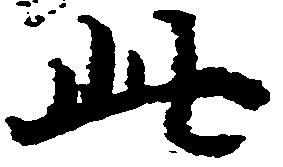
此